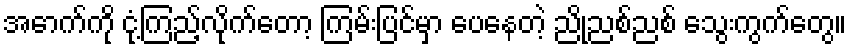
အောက်ကို ငုံ့ကြည့်လိုက်တော့ ကြမ်းပြင်မှာ ပေနေတဲ့ ညိုညစ်ညစ် သွေးကွက်တွေ။